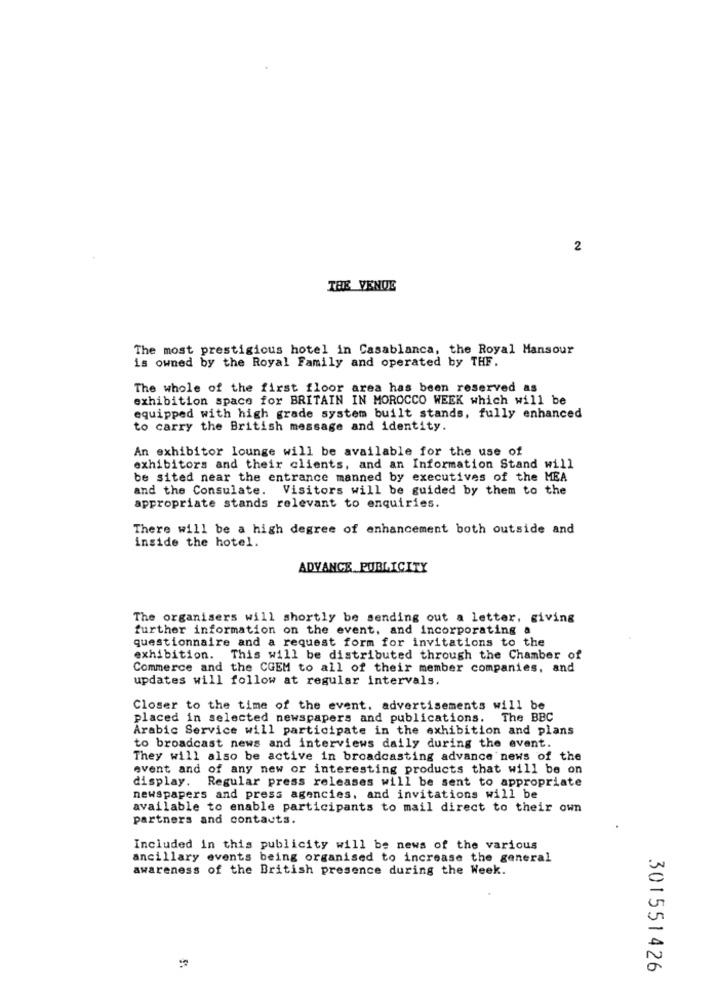
2
THE VENDE
The most prestigious hotel in Casablanca, the Royal Mansour
is owned by the Royal Family and operated by THF.
The whole of the first floor area has been reserved as
exhibition space for BRITAIN IN MOROCCO WEEK which will be
equipped with high grade system built stands, fully enhanced
to carry the British message and identity.
An exhibitor lounge will be available for the use of
exhibitors and their clients, and an Information Stand will
be sited near the entrance manned by executives of the MEA
and the Consulate. Visitors will be guided by them to the
appropriate stands relevant to enquiries.
There will be a high degree of enhancement both outside and
inside the hotel.
ADVANCE PUBLICITY
The organisers will shortly be sending out a letter, giving
further information on the event, and incorporating a
questionnaire and a request form for invitations to the
exhibition. This will be distributed through the Chamber of
Commerce and the CGEM to all of their member companies, and
updates will follow at regular intervals.
Closer to the time of the event. advertisements will be
placed in selected newspapers and publications.
The BBC
Arabic Service will participate in the exhibition and plans
to broadcast news and interviews daily during the event.
They will also be active in broadcasting advance news of the
event and of any new or interesting products that will be on
display. Regular press releases will be sent to appropriate
newspapers and press agencies, and invitations will be
available to enable participants to mail direct to their own
partners and contacts.
Included in this publicity will be news of the various
ancillary events being organised to increase the general
awareness of the British presence during the Week.
301551426